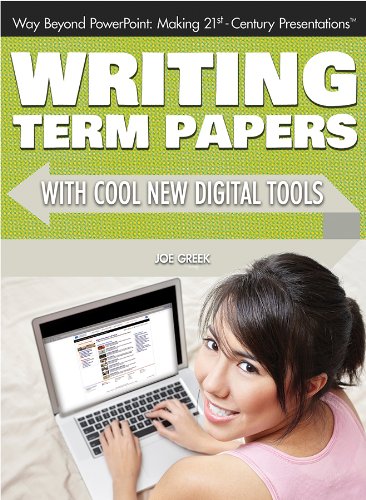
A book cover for Writing Term Papers with Cool New Digital Tools (Way Beyond PowerPoint: Making 21st Century Presentations); Joe Greek; Teen & Young Adult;